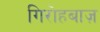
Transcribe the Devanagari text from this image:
गिरोहबाज़